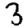
Digit: 3